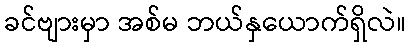
ခင်ဗျားမှာ အစ်မ ဘယ်နှယောက်ရှိလဲ။